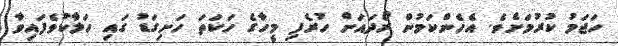
ހަޖަމު ކުރުމަށެވެ. އެހެންކަމުން ރޯދައަށް ހުރެފި މީހާގެ ހަކަތަ ހަށިގަޑު ގައި ހަލާކުވެފައިވާ